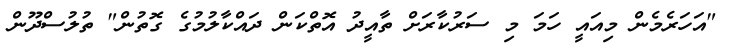
"އަހަރެމެން މިއައީ ހަމަ މި ސަރުކާރަށް ތާއީދު އޮތްކަން ދައްކާލުމުގެ ގޮތުން" ތުލުސްދޫން